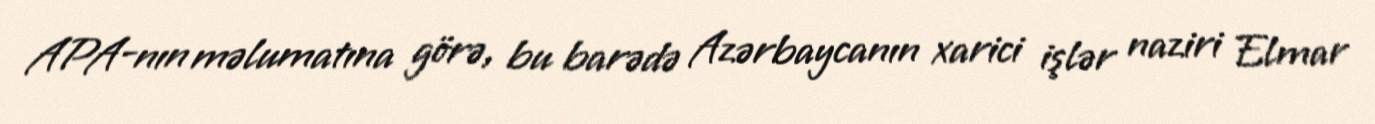
APA-nın məlumatına görə, bu barədə Azərbaycanın xarici işlər naziri Elmar